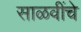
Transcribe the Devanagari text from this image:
साळवींचे